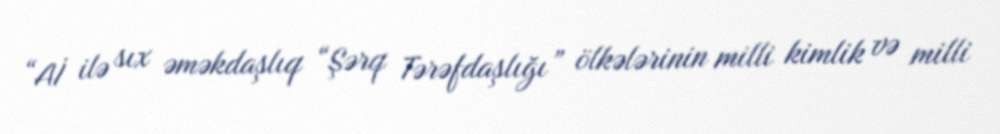
“Aİ ilə sıx əməkdaşlıq “Şərq Tərəfdaşlığı” ölkələrinin milli kimlik və milli